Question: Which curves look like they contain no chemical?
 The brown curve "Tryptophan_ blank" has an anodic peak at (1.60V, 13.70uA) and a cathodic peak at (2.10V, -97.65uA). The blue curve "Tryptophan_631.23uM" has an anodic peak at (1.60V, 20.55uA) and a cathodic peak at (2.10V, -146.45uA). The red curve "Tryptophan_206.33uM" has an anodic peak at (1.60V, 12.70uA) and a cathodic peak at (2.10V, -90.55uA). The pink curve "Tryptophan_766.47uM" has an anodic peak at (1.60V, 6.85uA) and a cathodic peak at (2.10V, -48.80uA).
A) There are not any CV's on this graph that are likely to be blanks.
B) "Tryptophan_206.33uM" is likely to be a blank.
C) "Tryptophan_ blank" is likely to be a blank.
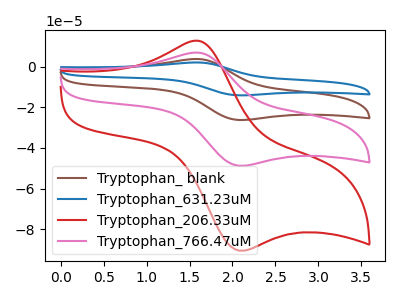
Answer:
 <answer>A) There are not any CV's on this graph that are likely to be blanks.</answer>
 <eval>A</eval>